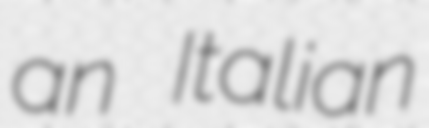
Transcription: an Italian